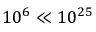
1 0 ^ { 6 } \ll 1 0 ^ { 2 5 }